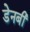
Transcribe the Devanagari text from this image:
डेनबी